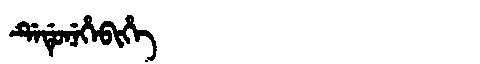
Manchu: ᡩᡝᡩᡠᠨᡝᡥᡝᠪᡳᡥᡝ
Romanization: DEDUNEHEBIHE